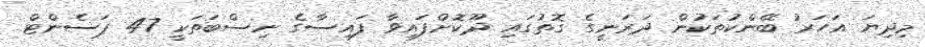
މިދިޔަ އަހަރު ބޭންކުތަކުން ދަރަނީގެ ގޮތުގައި ދޫކޮށްފައިވާ ފައިސާގެ ނިސްބަތަކީ 47 ޕަސެންޓް